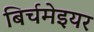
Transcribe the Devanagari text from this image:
बिर्चमेइयर